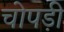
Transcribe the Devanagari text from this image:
चोपड़ी